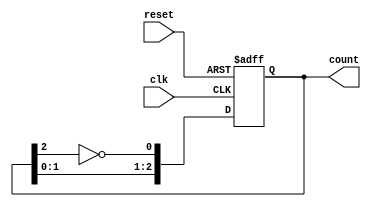
module modified_johnson_counter (
    input wire clk,         // Clock input
    input wire reset,       // Asynchronous reset
    output reg [2:0] count  // 3-bit output count
);

// State Transition Logic
always @(posedge clk or posedge reset) begin
    if (reset) begin
        count <= 3'b000;  // Initialize to 000 on reset
    end else begin
        // Modified Johnson Counter logic
        count[0] <= ~count[2]; // Inverted output of last flip-flop
        count[1] <= count[0];   // Feedback to the second flip-flop
        count[2] <= count[1];   // Regular transition to the third flip-flop
    end
end

endmodule